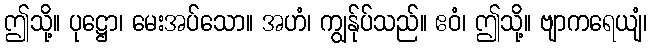
ဤသို့။ ပုဋ္ဌော၊ မေးအပ်သော။ အဟံ၊ ကျွန်ုပ်သည်။ ဧဝံ၊ ဤသို့။ ဗျာကရေယျံ၊